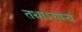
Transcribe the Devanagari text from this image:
तथाऽगम्यं